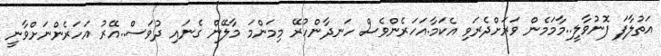
އަތުލާފަ ފޮނުވާލީ..މާމަމެން ވަރަށްދެރަވި އެކަމާ.އަހަރެންވެސް ހަނދާންހުރޭ މިމަންމަ މާލޭން ގެނައި ދުވަސް..އޭރު އަހަރެންނަށްވާނީ